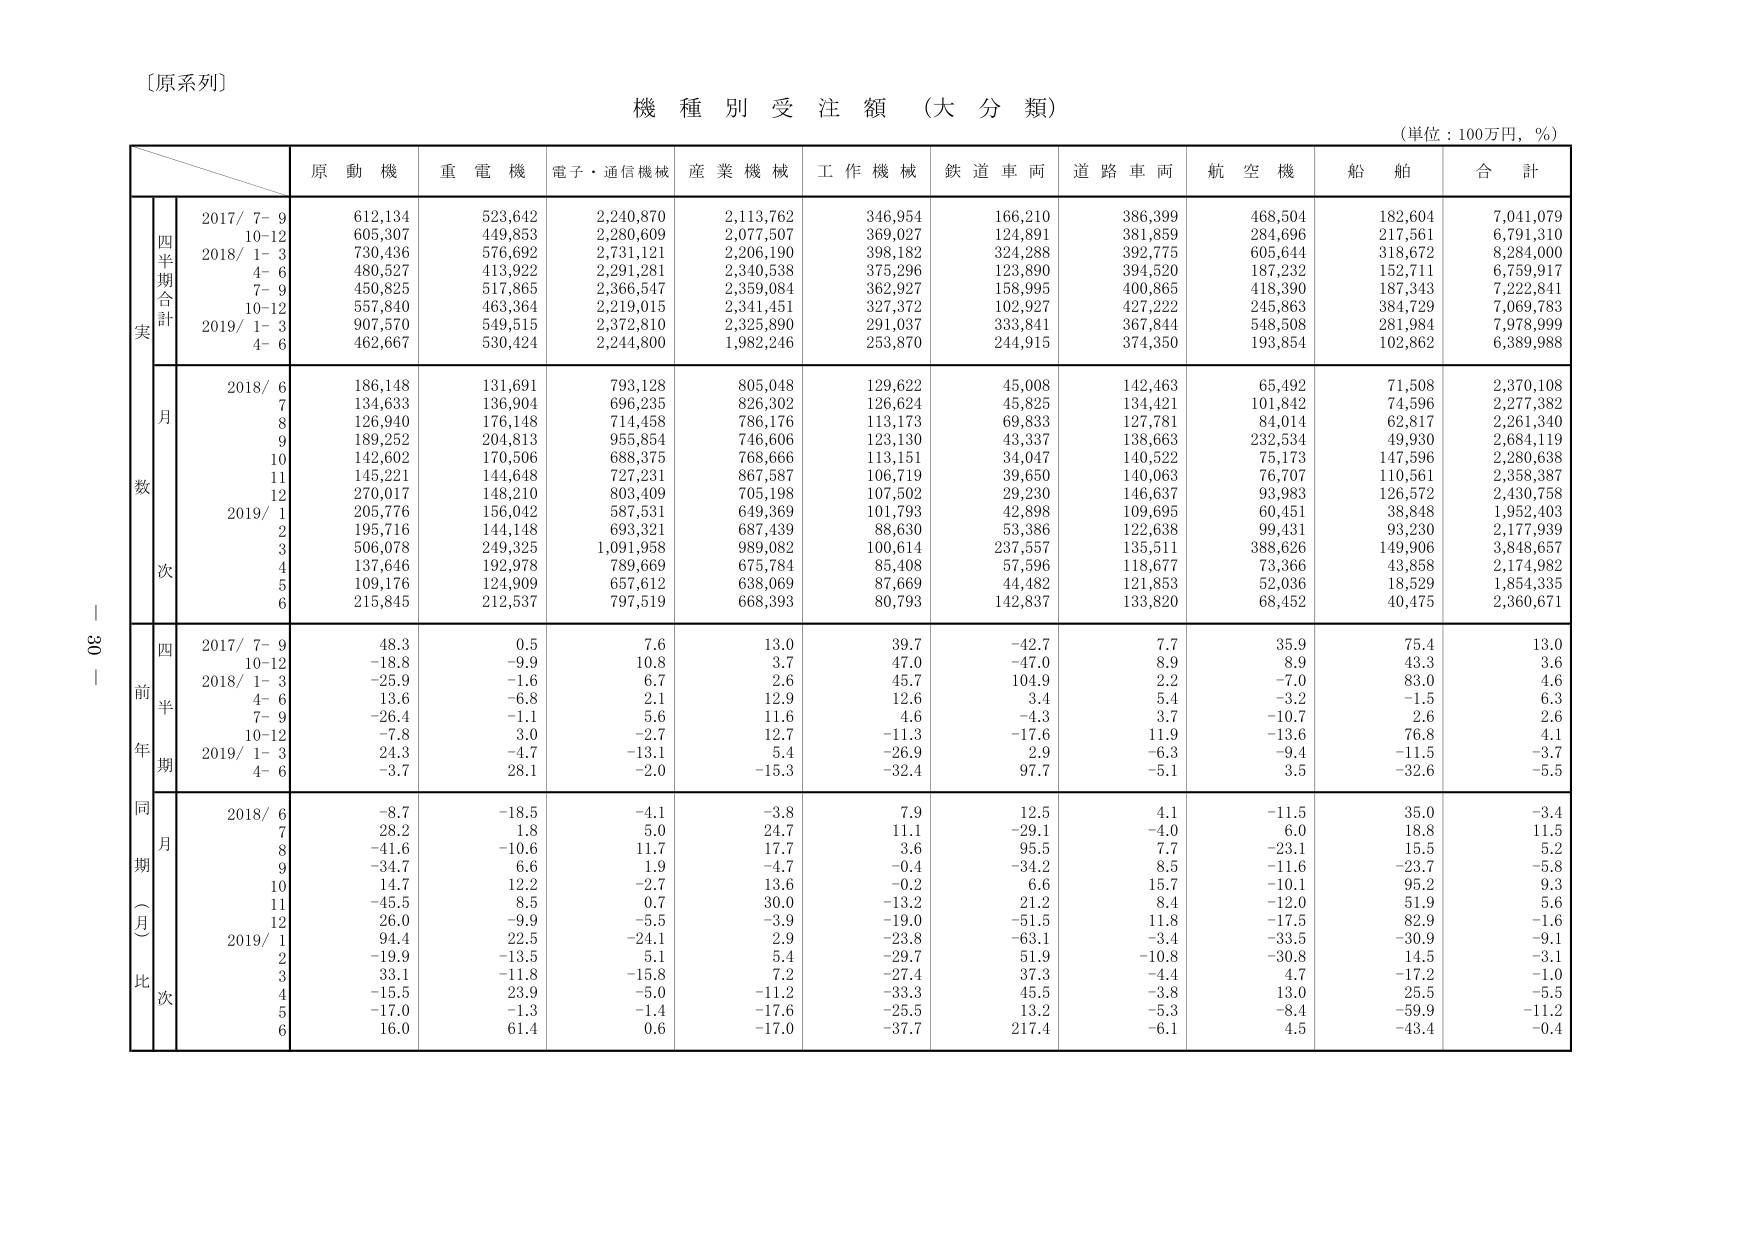
〔原系列〕
機 種 別 受 注 額 （大 分 類）
（単位：100万円，％）

原 動 機　重 電 機　電子・通信機械　産 業 機 械　工 作 機 械　鉄 道 車 両　道 路 車 両　航 空 機　船 舶　合 計

四半期合計
実
2017/ 7- 9　612,134　523,642　2,240,870　2,113,762　346,954　166,210　386,399　468,504　182,604　7,041,079
　　　10-12　605,307　449,853　2,280,609　2,077,507　369,027　124,891　381,859　284,696　217,561　6,791,310
2018/ 1- 3　730,436　576,692　2,731,121　2,206,190　398,182　324,288　392,775　605,644　318,672　8,284,000
　　　4- 6　480,527　413,922　2,291,281　2,340,538　375,296　123,890　394,520　187,232　152,711　6,759,917
　　　7- 9　450,825　517,865　2,366,547　2,359,084　362,927　158,995　400,865　418,390　187,343　7,222,841
　　　10-12　557,840　463,364　2,219,015　2,341,451　327,372　102,927　427,222　245,863　384,729　7,069,783
2019/ 1- 3　907,570　549,515　2,372,810　2,325,890　291,037　333,841　367,844　548,508　281,984　7,978,999
　　　4- 6　462,667　530,424　2,244,800　1,982,246　253,870　244,915　374,350　193,854　102,862　6,389,988

月
数
2018/ 6　186,148　131,691　793,128　805,048　129,622　45,008　142,463　65,492　71,508　2,370,108
　　　7　134,633　136,904　696,235　826,302　126,624　45,825　134,421　101,842　74,596　2,277,382
　　　8　126,940　176,148　714,458　786,176　113,173　69,833　127,781　84,014　62,817　2,261,340
　　　9　189,252　204,813　955,854　746,606　123,130　43,337　138,663　232,534　49,930　2,684,119
　　　10　142,602　170,506　688,375　768,666　113,151　34,047　140,522　75,173　147,596　2,280,638
　　　11　145,221　144,648　727,231　867,587　106,719　39,650　140,063　76,707　110,561　2,358,387
　　　12　270,017　148,210　803,409　705,198　107,502　29,230　146,637　93,983　126,572　2,430,758
2019/ 1　205,776　156,042　587,531　649,369　101,793　42,898　109,695　60,451　38,848　1,952,403
　　　2　195,716　144,148　693,321　687,439　88,630　53,386　122,638　99,431　93,230　2,177,939
　　　3　506,078　249,325　1,091,958　989,082　100,614　237,557　135,511　388,626　149,906　3,848,657
　　　4　137,646　192,978　789,669　675,784　85,408　57,596　118,677　73,366　43,858　2,174,982
　　　5　109,176　124,909　657,612　638,069　87,669　44,482　121,853　52,036　18,529　1,854,335
　　　6　215,845　212,537　797,519　668,393　80,793　142,837　133,820　68,452　40,475　2,360,671

前年同期（月）比
四半期
2017/ 7- 9　48.3　0.5　7.6　13.0　39.7　-42.7　7.7　35.9　75.4　13.0
　　　10-12　-18.8　-9.9　10.8　3.7　47.0　-47.0　8.9　8.9　43.3　3.6
2018/ 1- 3　-25.9　-1.6　6.7　2.6　45.7　104.9　2.2　-7.0　83.0　4.6
　　　4- 6　13.6　-6.8　2.1　12.9　12.6　3.4　5.4　-3.2　-1.5　6.3
　　　7- 9　-26.4　-1.1　5.6　11.6　4.6　-4.3　3.7　-10.7　2.6　2.6
　　　10-12　-7.8　3.0　-2.7　12.7　-11.3　-17.6　11.9　-13.6　76.8　4.1
2019/ 1- 3　24.3　-4.7　-13.1　5.4　-26.9　2.9　-6.3　-9.4　-11.5　-3.7
　　　4- 6　-3.7　28.1　-2.0　-15.3　-32.4　97.7　-5.1　3.5　-32.6　-5.5

月
2018/ 6　-8.7　-18.5　-4.1　-3.8　7.9　12.5　4.1　-11.5　35.0　-3.4
　　　7　28.2　1.8　5.0　24.7　11.1　-29.1　-4.0　6.0　18.8　11.5
　　　8　-41.6　-10.6　11.7　17.7　3.6　95.5　7.7　-23.1　15.5　5.2
　　　9　-34.7　6.6　1.9　-4.7　-0.4　-34.2　8.5　-11.6　-23.7　-5.8
　　　10　14.7　12.2　-2.7　13.6　-0.2　6.6　15.7　-10.1　95.2　9.3
　　　11　-45.5　8.5　0.7　30.0　-13.2　21.2　8.4　-12.0　51.9　5.6
　　　12　26.0　-9.9　-5.5　-3.9　-19.0　-51.5　11.8　-17.5　82.9　-1.6
2019/ 1　94.4　22.5　-24.1　2.9　-23.8　-63.1　-3.4　-33.5　-30.9　-9.1
　　　2　-19.9　-13.5　5.1　5.4　-29.7　51.9　-10.8　-30.8　14.5　-3.1
　　　3　33.1　-11.8　-15.8　7.2　-27.4　37.3　-4.4　4.7　-17.2　-1.0
　　　4　-15.5　23.9　-5.0　-11.2　-33.3　45.5　-3.8　13.0　25.5　-5.5
　　　5　-17.0　-1.3　-1.4　-17.6　-25.5　13.2　-5.3　-8.4　-59.9　-11.2
　　　6　16.0　61.4　0.6　-17.0　-37.7　217.4　-6.1　4.5　-43.4　-0.4

30